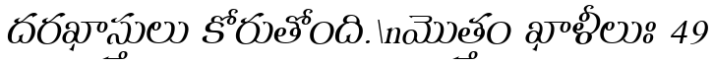
దరఖాస్తులు కోరుతోంది.\nమొత్తం ఖాళీలుః 49